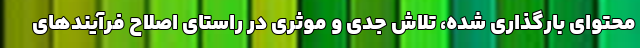
محتوای بارگذاری شده، تلاش جدی و موثری در راستای اصلاح فرآیند‌های